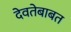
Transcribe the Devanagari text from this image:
देवतेबाबत